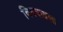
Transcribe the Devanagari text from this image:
विषयातला